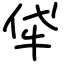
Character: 牮